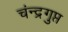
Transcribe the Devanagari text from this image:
चंन्द्रगुप्त